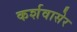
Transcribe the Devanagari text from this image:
कर्शवासेर